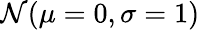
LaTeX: \mathcal{N}(\mu=0,\sigma=1)